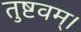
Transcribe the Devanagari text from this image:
तुष्टवम्।